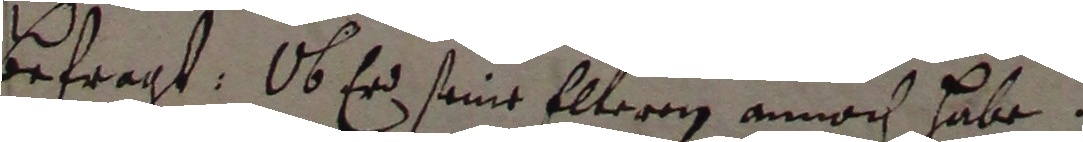
befragt. Ob er seine elteren annoch habe.